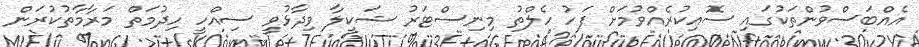
އެއްބަސްވުންތަކުގައި ސޮއިކުރެއްވުމަށް ފަހު ހެލްތު މިނިސްޓަރު ޝަކީލާ ވިދާޅުވީ ސިއްހީ ހިދުމަތް މަރާމާތުކުރަން